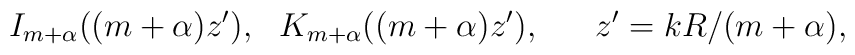
I_{m+\alpha}((m+\alpha) z'),\ \ K_{m+\alpha}((m+\alpha) z'), \ \ \ \ \ z'=kR/(m+\alpha),